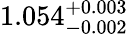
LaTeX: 1.054_{-0.002}^{+0.003}